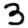
Digit: 3